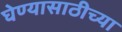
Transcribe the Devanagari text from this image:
घेण्यासाठीच्या